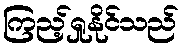
ကြည့်ရှုနိုင်သည်